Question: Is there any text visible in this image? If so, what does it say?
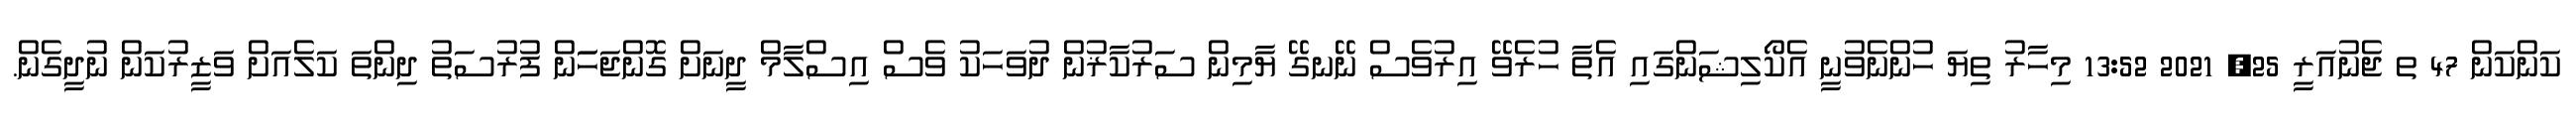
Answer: ކަންކަން 47 ތ ޖެނުއަރީ 25, 2021 13:52 މިހާރު ތިޔަ ހުންނެވުނީ އެކޯލިޝަންގައި އެތާ ހުރެވޭ އިރުވެސް ނޭނގޭ ޔާމިން ސަރުކާޜުން ދުވަހަކު ވެސް އިސްލާމް ދީނަށް ގޮންޖަހަަން ފުރުސަތު ދިންތަ ކަލެއަށް ވަޒީރުކަން ނުދީގެން.